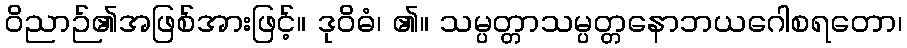
ဝိညာဉ်၏အဖြစ်အားဖြင့်။ ဒုဝိဓံ၊ ၏။ သမ္ပတ္တာသမ္ပတ္တနောဘယဂေါစရတော၊